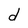
Character: d